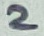
Text: 2